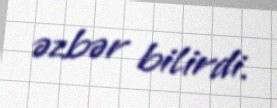
əzbər bilirdi.